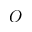
O